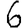
Digit: 6